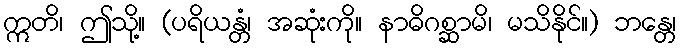
ဣတိ၊ ဤသို့။ (ပရိယန္တံ၊ အဆုံးကို။ နာဓိဂစ္ဆာမိ၊ မသိနိုင်။) ဘန္တေ၊